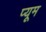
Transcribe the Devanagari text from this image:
प्यूम